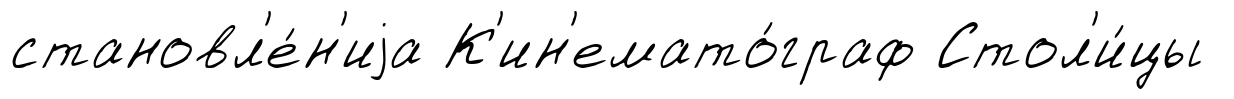
становл'е́н'иjа К'ин'емато́граф Стол'и́цы